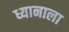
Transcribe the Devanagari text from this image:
ध्यानाला